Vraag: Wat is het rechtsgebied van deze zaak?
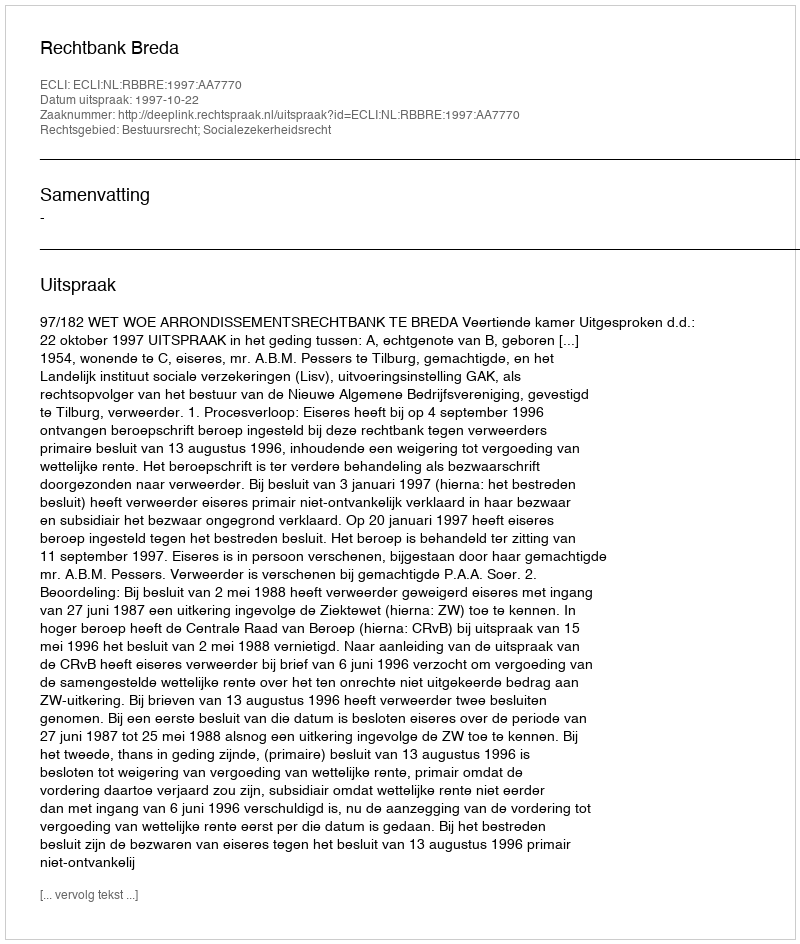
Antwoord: Bestuursrecht; Socialezekerheidsrecht